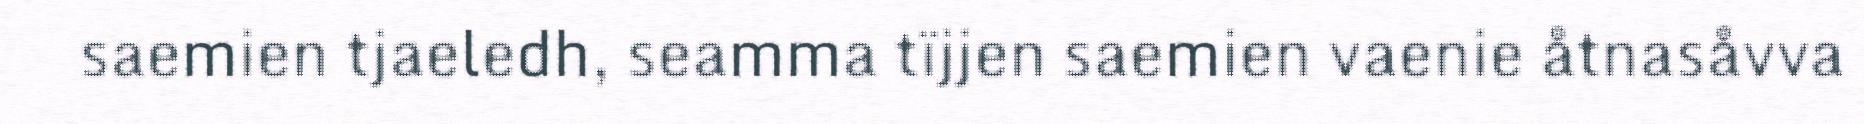
saemien tjaeledh, seamma tïjjen saemien vaenie åtnasåvva